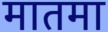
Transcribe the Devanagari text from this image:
मातमा